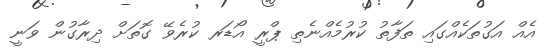
އެއް އަގުތަކެއްގައި ތަފާތު ކުރުމެއްނެތި ޕްރީ އޯޑަރ ކުރެވޭ ގޮތަށް ދިރާގުން ވަނީ